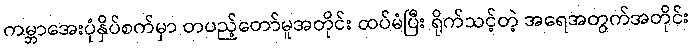
ကမ္ဘာအေးပုံနှိပ်စက်မှာ တပည့်တော်မူအတိုင်း ထပ်မံပြီး ရိုက်သင့်တဲ့ အရေအတွက်အတိုင်း